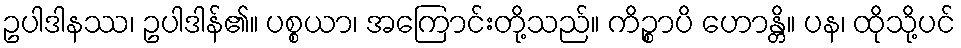
ဥပါဒါနဿ၊ ဥပါဒါန်၏။ ပစ္စယာ၊ အကြောင်းတို့သည်။ ကိဉ္စာပိ ဟောန္တိ။ ပန၊ ထိုသို့ပင်